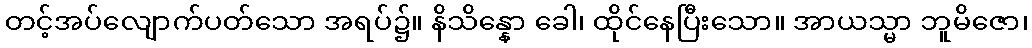
တင့်အပ်လျောက်ပတ်သော အရပ်၌။ နိသိန္နော ခေါ၊ ထိုင်နေပြီးသော။ အာယသ္မာ ဘူမိဇော၊